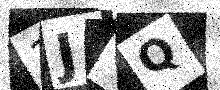
Text: 3JOQ